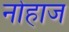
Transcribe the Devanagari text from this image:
नोहाज